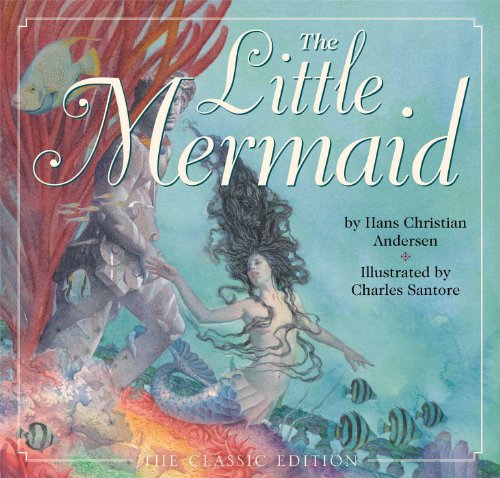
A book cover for The Little Mermaid; Hans Christian Anderson; Children's Books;